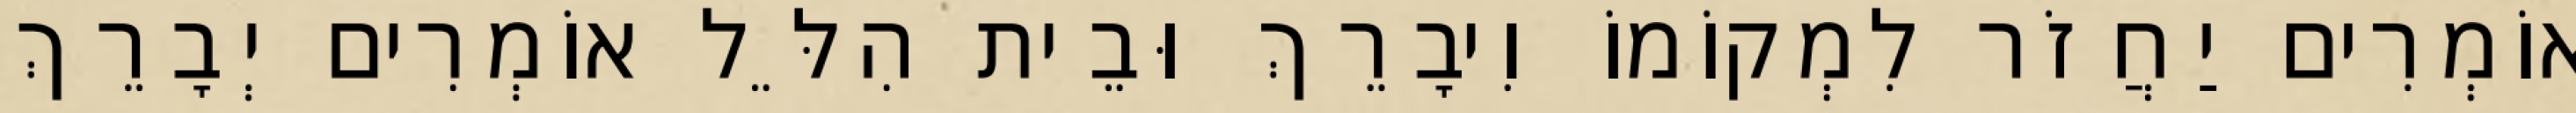
אוֹמְרִים יַחֲזֹר לִמְקוֹמוֹ וִיבָרֵךְ וּבֵית הִלֵּל אוֹמְרִים יְבָרֵךְ